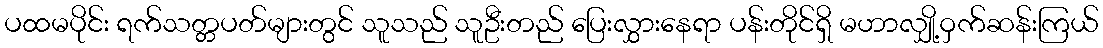
ပထမပိုင်း ရက်သတ္တပတ်များတွင် သူသည် သူဦးတည် ပြေးလွှားနေရာ ပန်းတိုင်ရှိ မဟာလျှို့ဝှက်ဆန်းကြယ်